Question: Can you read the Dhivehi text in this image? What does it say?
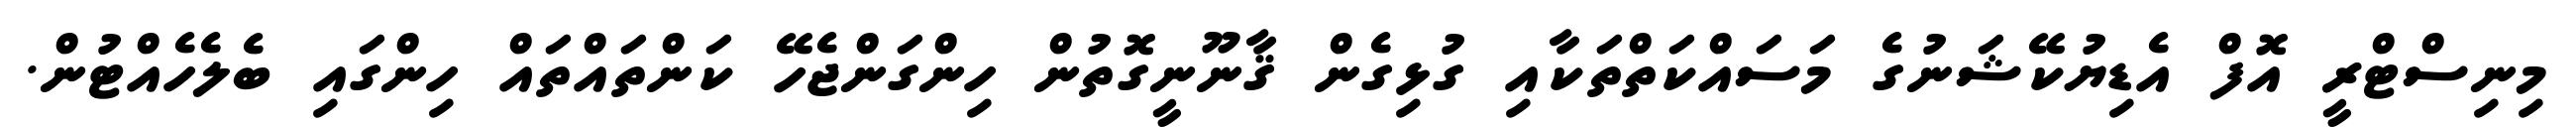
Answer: މިނިސްޓްރީ އޮފް އެޑިޔުކޭޝަނުގެ މަސައްކަތްތަކާއި ގުޅިގެން ޤާނޫނީގޮތުން ހިންގަންޖެހޭ ކަންތައްތައް ހިންގައި ބެލެހެއްޓުން.